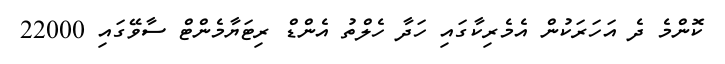
ކޮންމެ ދެ އަހަރަކުން އެމެރިކާގައި ހަދާ ހެލްތު އެންޑް ރިޓަޔާމެންޓް ސާވޭގައި 22000